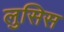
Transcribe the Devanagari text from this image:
लुसिस